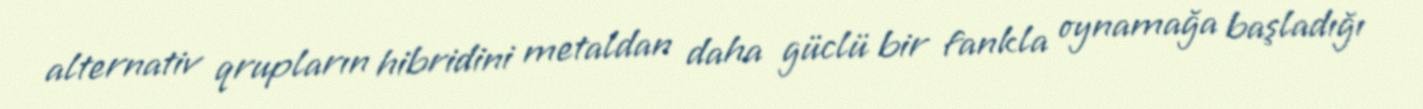
alternativ qrupların hibridini metaldan daha güclü bir fankla oynamağa başladığı